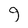
Character: g